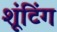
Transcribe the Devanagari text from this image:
शूंटिंग